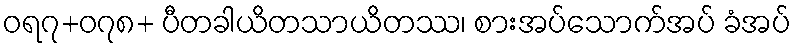
ဝရ၇+၀၇၈+ ပီတခါယိတသာယိတဿ၊ စားအပ်သောက်အပ် ခံအပ်